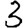
Digit: 3